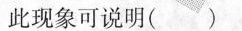
此现象可说明( )